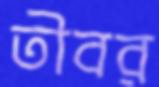
তীবর